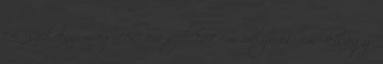
cm -szekrény: mag:180 cm szél:127 cm mélys:60 cm -kiságy: